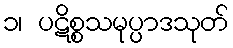
၁၊ ပဋိစ္စသမုပ္ပာဒသုတ်